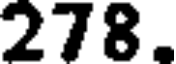
278.